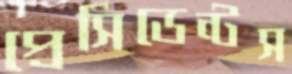
প্রেসিডেন্টস